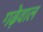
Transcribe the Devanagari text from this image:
गढ़ेवाल